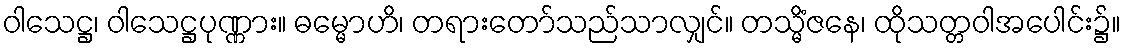
ဝါသေဋ္ဌ၊ ဝါသေဋ္ဌပုဏ္ဏား။ ဓမ္မောဟိ၊ တရားတော်သည်သာလျှင်။ တသ္မိံဇနေ၊ ထိုသတ္တဝါအပေါင်း၌။